Scientific memoirs by medical officers of the Army of India - Part XI,
Year: 1898
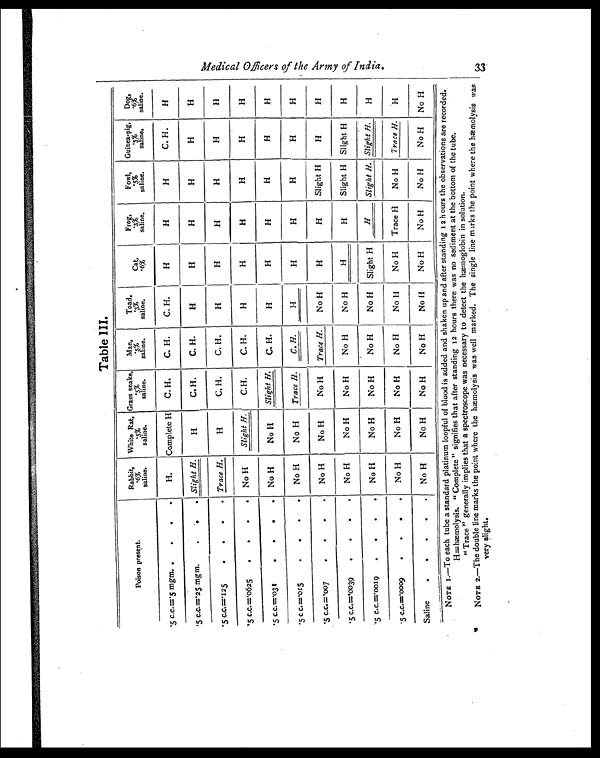
Table III.
Poison present.
Rabbit,
. 6 %
saline.
White Rat,
.5%
saline.
Grass snake,
.5%
saline.
Man,
.5%
saline.
Toad,
. 3 %
saline.
Cat,
. 6 %
Frog,
.3%
saline.
Fowl,
. 5 %
saline.
Guinea-pig,
. 5 %
saline.
Dog,
.6%
saline.
.5 c.c.=.5 mgm.
.
.
.
H.
Complete H
C. H.
C. H.
C. H.
H
H
H
C. H.
H
.5 c.c.=.25 mgm.
.
.
. Slight H.
H
C. H.
C. H.
H
H
H
H
H
H
.5 c.c.=.125
.
.
.
. Trace H.
H
C. H.
C. H.
H
H
H
H
H
H
.5 c.c.=.0625
. . . . No H
Slight H.
C.H.
C. H.
H
H
H
H
H
H
.5 c,c.=.031
.
.
.
. No H
No H
Slight H.
C. H.
H
H
H
H
H
H
.5 c c.=.015
.
.
.
.
No H
No H
Trace H.
C. H.
H
H
H
H
H
H
.5 c.c.=.007
. . . .
No H
No H
No H
Trace H.
No H
H
H
Slight H
H
H
.5 c.c.=.0039
.
. . .
No H
No H
No H
No H
No H
H
H
Slight H Slight H
H
.5 c.c.=.0019
. . . .
No H
No H
No H
No H
No H
Slight H
H
Slight H. Slight H.
H
.5 c.c.=.0009
. . . .
No H
No H
No H
No H
No H
No H
Trace H
No H
Trace H.
H
Saline
. . . . . No H
No H
No H
No H
No H
No H
No H
No H
No H
No H
NOTE 1.—To each tube a standard platinum loopful of blood is added and shaken up and after standing 12 hours the observations are recorded.
H=Hæmolysis. " Complete" signifies that after standing 12 hours there was no sediment at the bottom of the tube.
" Trace" generally implies that a spectroscope was necessary to detect the hæmoglobin in solution.
NOTE 2.—The double line marks the point where the hæmolysis was well marked. The single line marks the point where the hæmolysis was
very slight.
M e d i c a l o f f i c e r s o f t h e A r m y o f I n d i a .
3 3
F